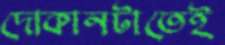
দোকানটাতেই